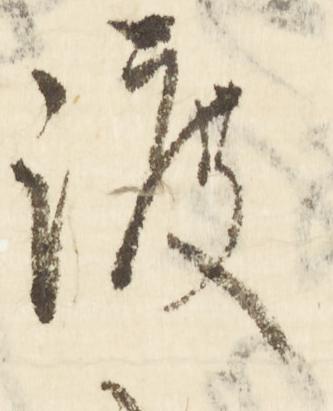
渡